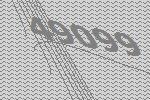
49099